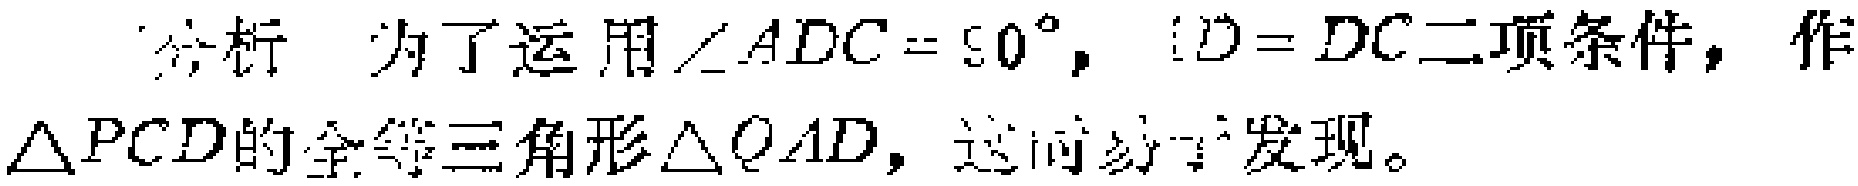
分析 为了运用$\angle ADC = 50^{\circ}$，$AD = DC$二项条件，作$\triangle PCD$的全等三角形$\triangle QAD$，这时容易发现。